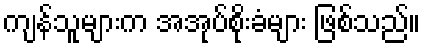
ကျန်သူများက အအုပ်စိုးခံများ ဖြစ်သည်။